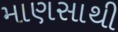
માણસાથી